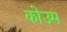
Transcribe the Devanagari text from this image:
कोउम